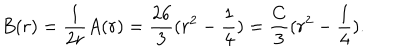
LaTeX: B ( r ) = \frac { 1 } { 2 r } A ( r ) = \frac { 2 6 } { 3 } ( r ^ { 2 } - \frac { 1 } { 4 } ) = \frac { C } { 3 } ( r ^ { 2 } - \frac { 1 } { 4 } ) .